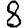
Digit: 8